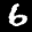
Digit: 6